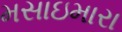
મસાઇમારા